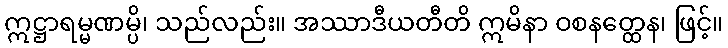
ဣဋ္ဌာရမ္မဏမ္ပိ၊ သည်လည်း။ အဿာဒီယတီတိ ဣမိနာ ဝစနတ္ထေန၊ ဖြင့်။